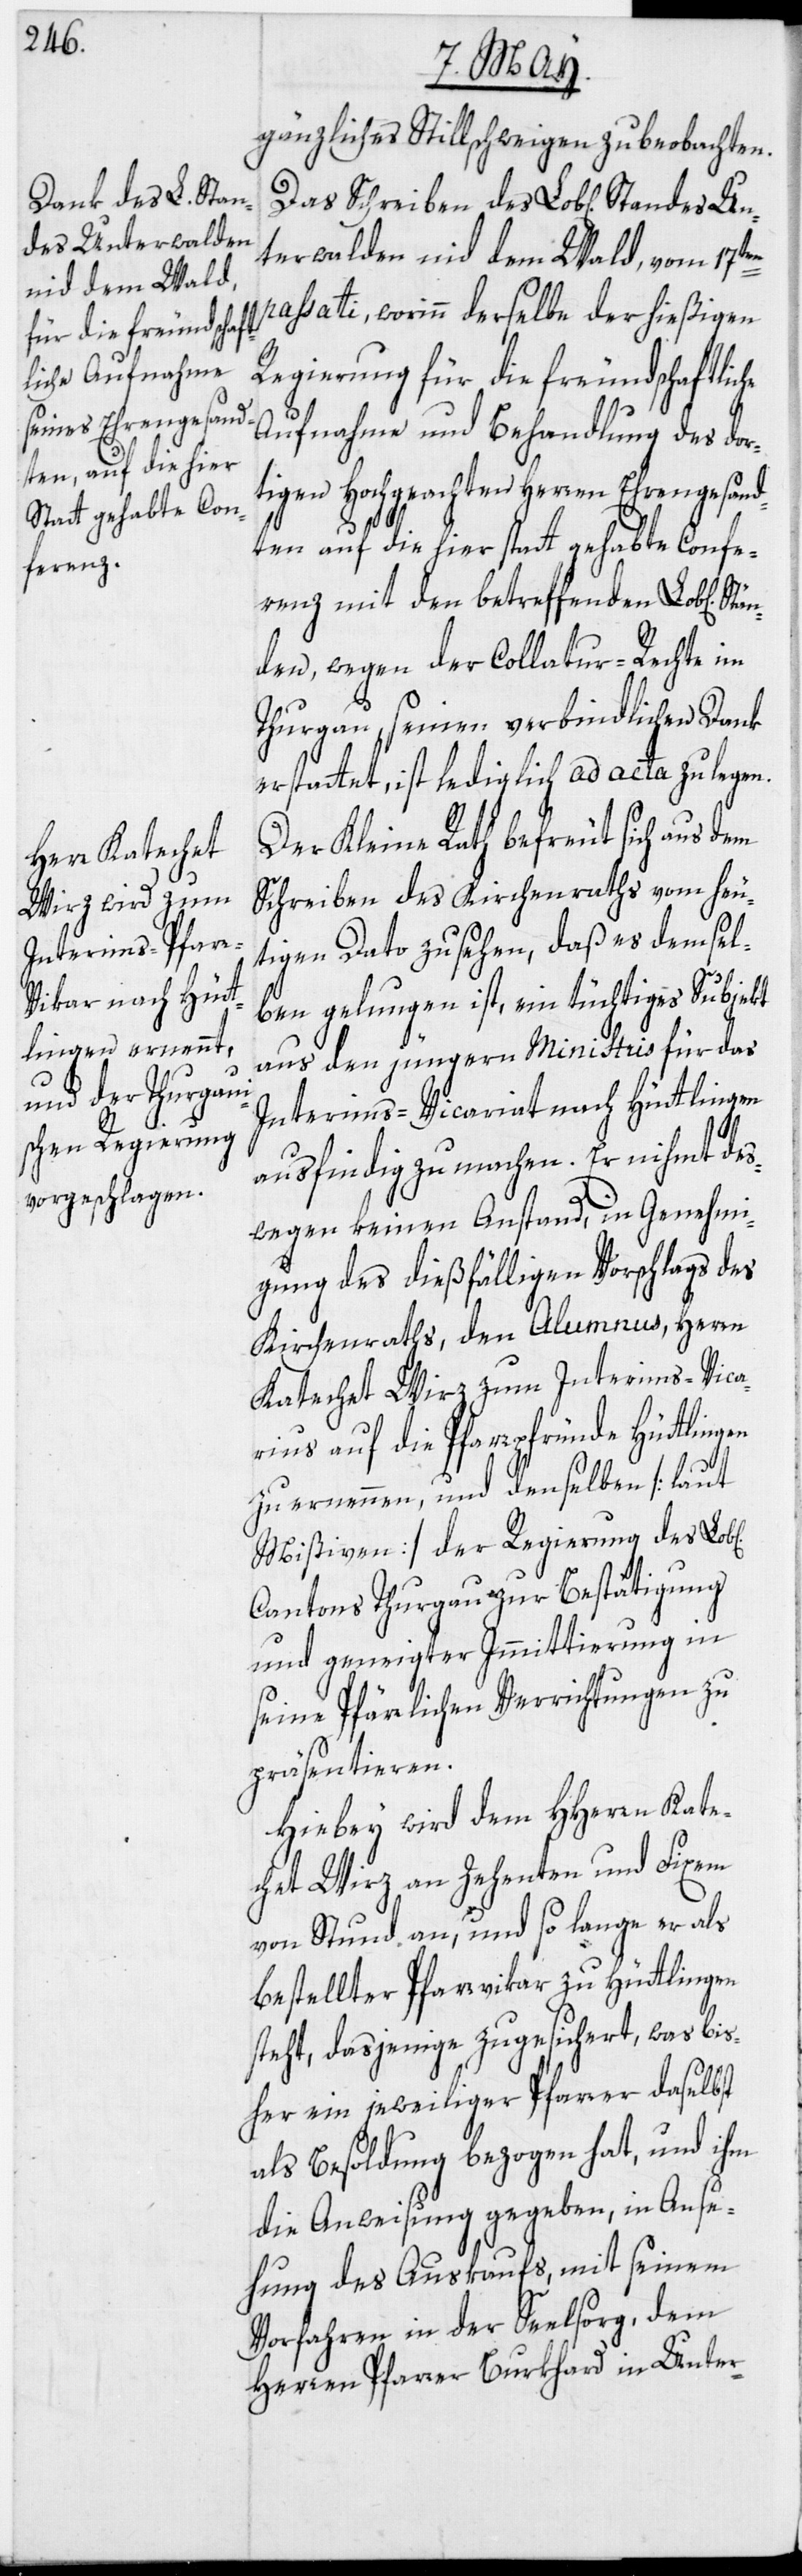
hen]

gänzliches Stillschweigen zu beobachten.
terwalden nid dem Wald, vom 17ten
passati, worinn derselbe der hießigen
Regierung für die freundschaftli¬
Aufnahme und Behandlung des dor¬
tigen Hochgeachten Herren Ehrengesand¬
che
ten auf die hier statt gehabte Confe¬
renz mit den betreffenden Lob[lichen]
den, wegen der Collatur-Rechte im
Thurgau seinen verbindlichen Dank
erstattet, ist lediglich ad acta zu legen.
Der Kleine Rath befreut sich aus dem
Schreiben des Kirchenraths vom heu¬
tigen Dato zu sehen, daß es demsel¬
ben gelungen ist, ein tüchtiges Subjekt
aus den jüngern Ministris für das
Interims-Vicariat nach Hüttlingen
ausfindig zu machen. Er nihmt des¬
wegen keinen Anstand, in Genehmi¬
gung des dießfälligen Vorschlags des
Kirchenraths, den Alumnus, Herrn
Katechet Wirz zum Interims-Vica¬
rius auf die Pfarrpfründe Hüttlingen
zu ernennen, und denselben [laut
Mißiven] der Regierung des Lob[l¬
Cantons Thurgau zur Bestätigung
und geneigter Immittierung in
seine Pfärrlichen Verrichtungen zu
präsentieren.
Hiebey wird dem HHerrn Kate¬
chet Wirz an Zehenten und Fixem
von Stund an, und so lange er als
bestellter Pfarrvikar zu Hüttlingen
steht, dasjenige zugesichert, was bis¬
her ein jeweiliger Pfarrer daselbst
als Besoldung bezogen hat, und ihm
die Anweisung gegeben, in Anse¬
hung des Auskaufs, mit seinem
Vorfahren in der Seelsorg, dem
Herren Pfarrer Burkhard in Unter-